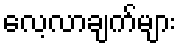
လေ့လာချက်များ